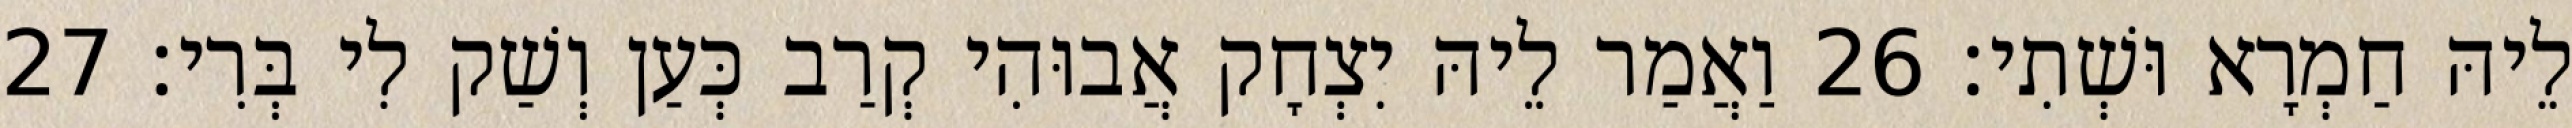
לֵיהּ חַמְרָא וּשְׁתִי׃ 26 וַאֲמַר לֵיהּ יִצְחָק אֲבוּהִי קְרַב כְּעַן וְשַׁק לִי בְּרִי׃ 27